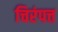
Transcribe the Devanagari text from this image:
चिरंपत्त